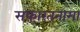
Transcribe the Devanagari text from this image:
सफारतनामा